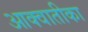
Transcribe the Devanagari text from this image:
आक्वातीका